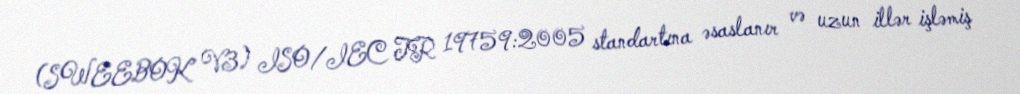
(SWEEBOK V3) ISO/IEC TR 19759:2005 standartına əsaslanır və uzun illər işləmiş